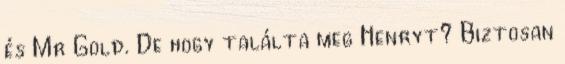
és Mr Gold. De hogy találta meg Henryt? Biztosan